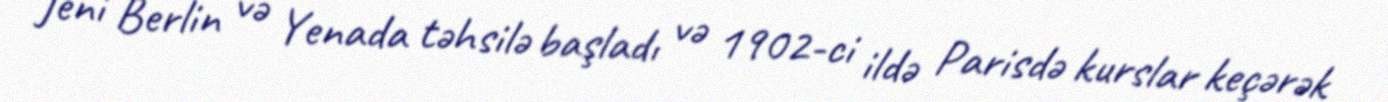
Jeni Berlin və Yenada təhsilə başladı və 1902-ci ildə Parisdə kurslar keçərək